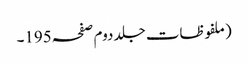
(ملفوظات جلد دوم صفحہ195۔